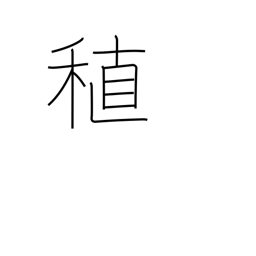
Meaning: early-maturing rice